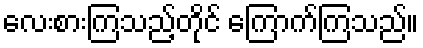
လေးစားကြသည့်တိုင် ကြောက်ကြသည်။